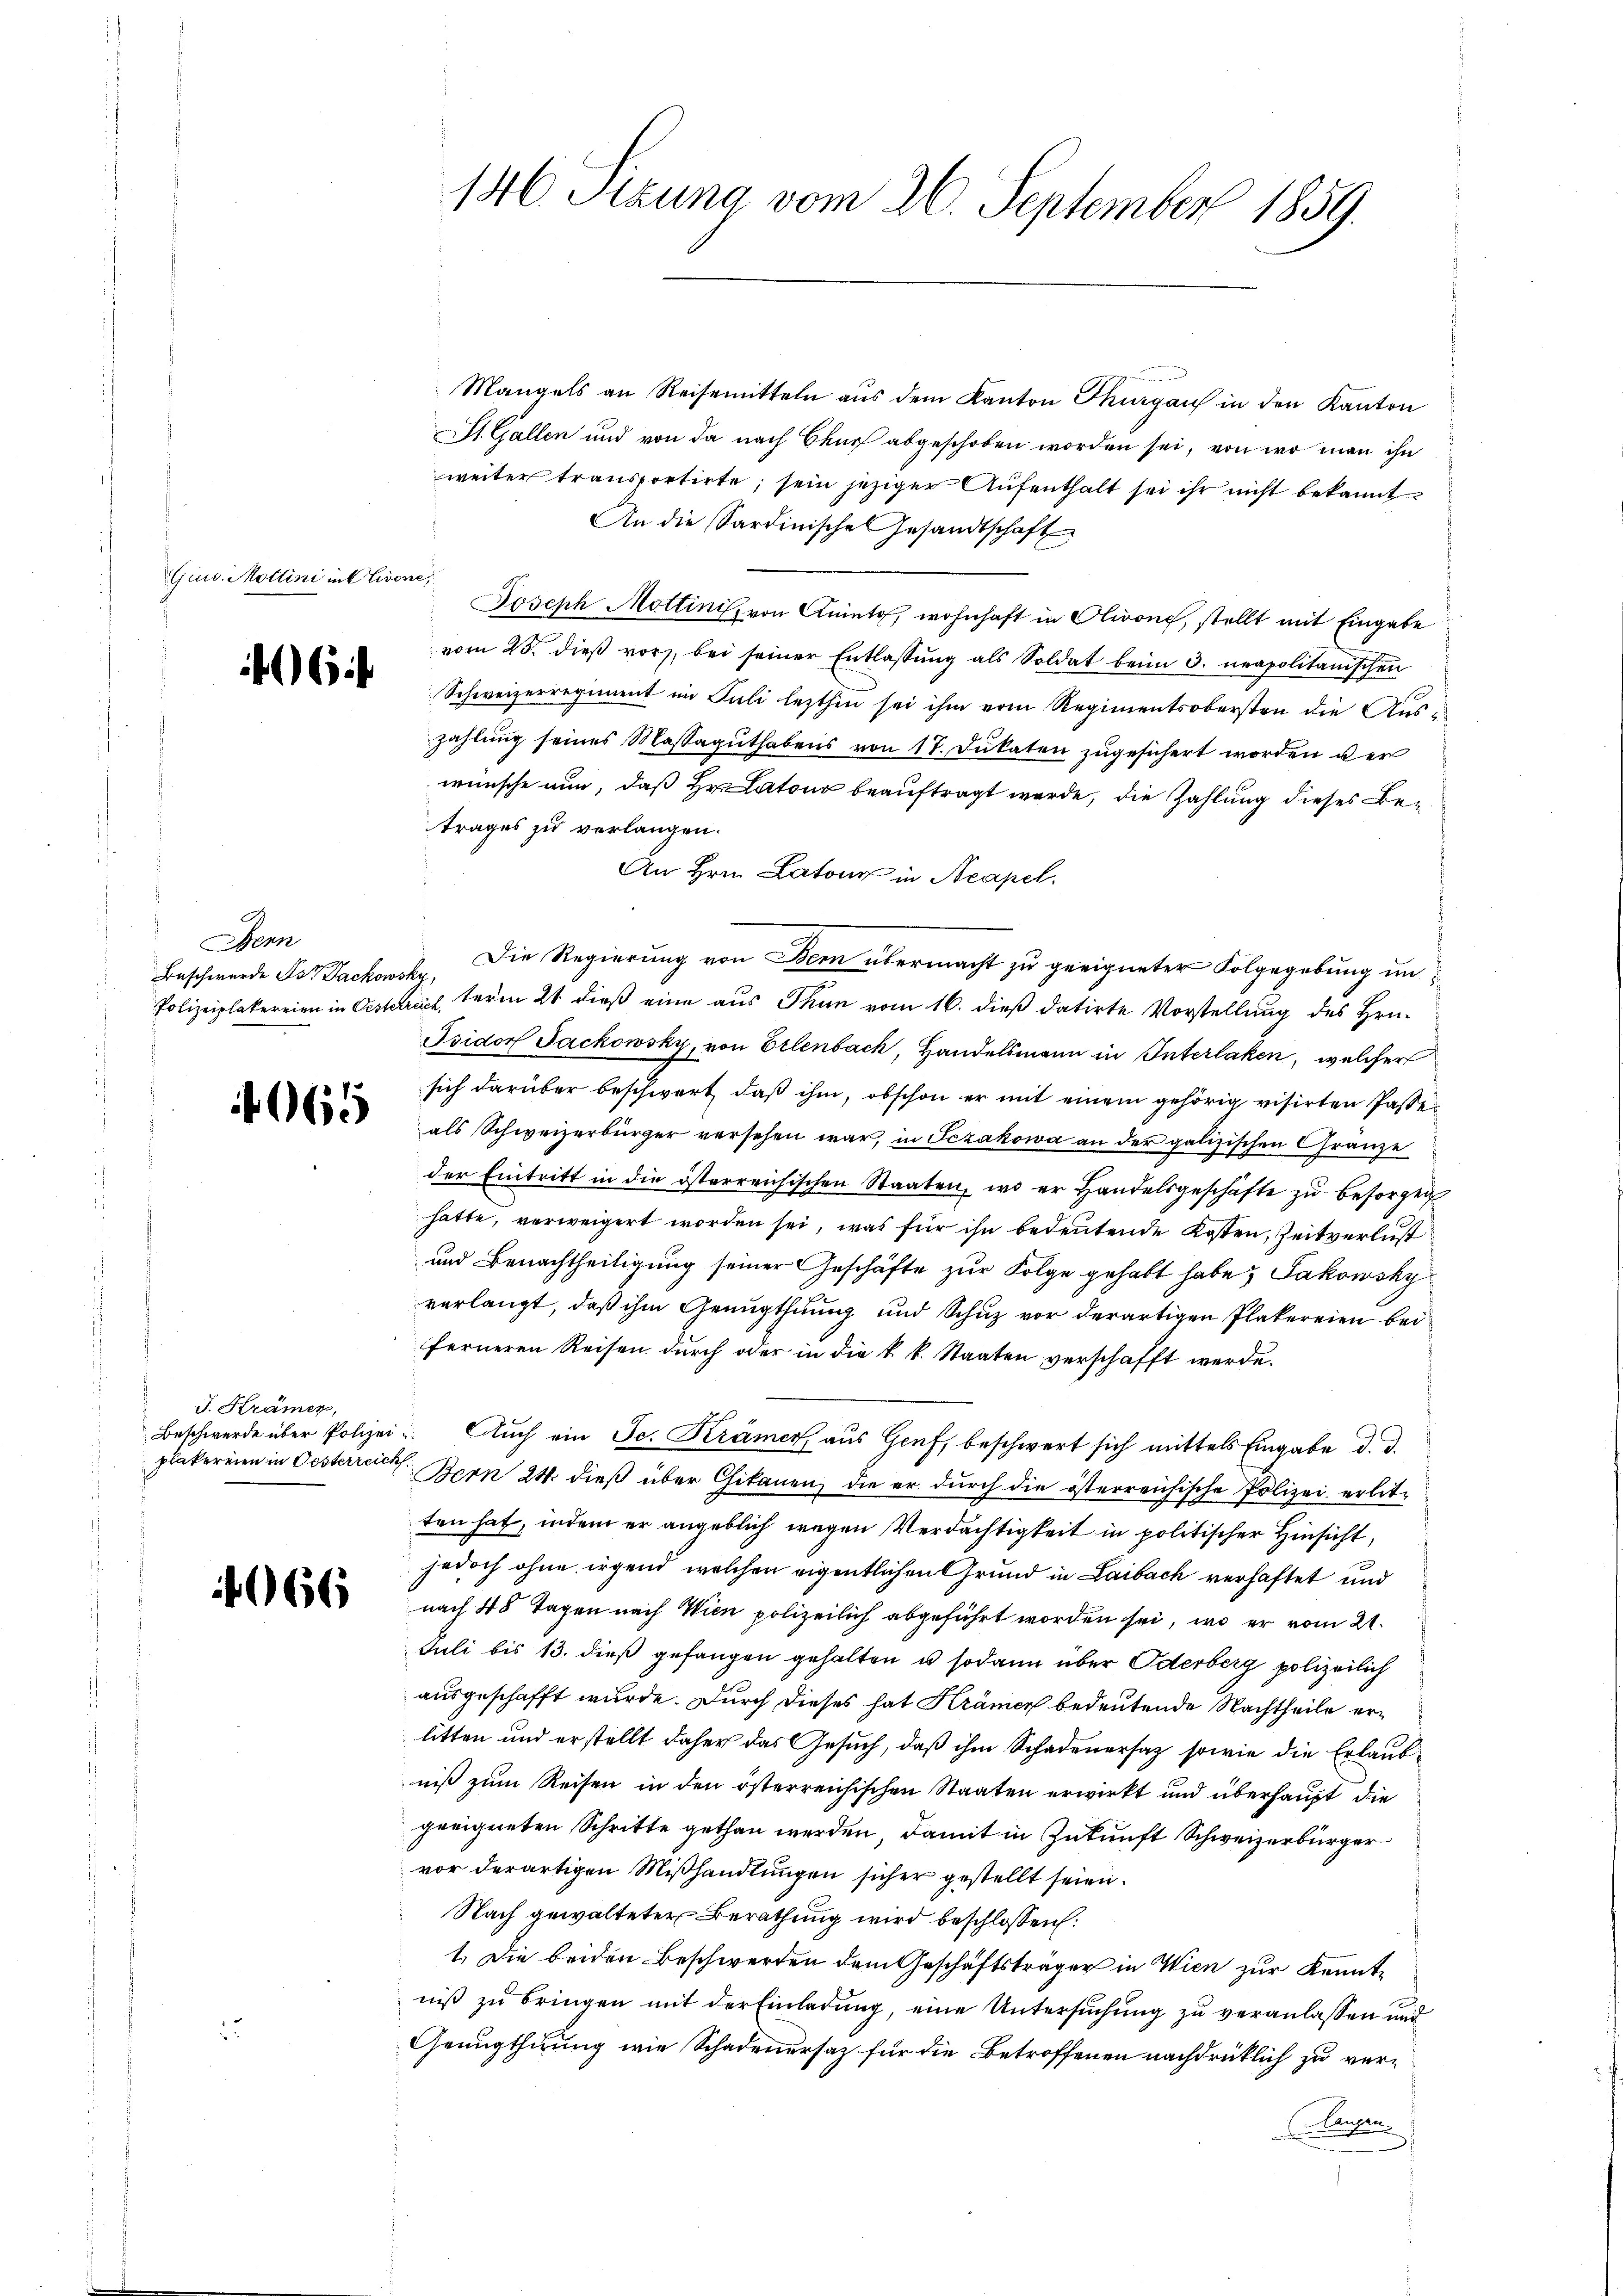
Gine. Mollini in Clivone

6f

Bern
Beschwerde der Dackowsky,

4065

J. Krämer,
plakereien in Oesterreich

066

146. Sitzung vom 26. September 1859.

Mangels an Reisemitteln aus dem Kanton Thurgau in den Kanton
St. Gallen und von da nach Chur abgeschoben worden sei, von wo man ihn
weiter transportirte, sein jeziger Aŭfenthalt sei ihr nicht bekannt
An die Sardinische Gesandtschaft
Joseph Mottinis von Aninto, wohnhaft in Olivone, stellt mit Eingabe
vom 25. dieβ vor, bei seiner Entlassŭng als Soldat beim 3. neapolitanischen
Schweizerregiment im Juli lezthin sei ihm vom Regimentsobersten die Auszahlung seines Massaguthabens von 17. Dukaten zugesichert worden der
wünsche nun, daß Hr. Latour beauftragt werde, die Zahlung dieses Betrages zu verlangen.
An Hrn. Latons in Neapel.
Die Regierung von Bern übermacht zu geeigneter Folgegebung un¬
Polizeiplakereien in Oestreich, term 21. dieß eine aus Thun vom 16. dieß datirte Vorstellung des Hrn.
Isidor Jackowsky, von Erlenbach, Handelsmann in Interlaken, welcher
sich darüber beschwert, daß ihm, obschon er mit einem gehörig visirten Pässe
als Schweizerbürger versehen war, in Fezakowa an der galizischen Gränze
der Eintritt in die österreichischen Staaten, wo er handelsgeschäfte zŭ besorgen
hatte, verweigert worden sei, was für ihn bedeutende Kosten, Zeitverlust
und Benachtheiligung seiner Geschäfte zur Folge gehabt habe, Jakowsky
verlangt, daß ihm Genugthuung und Schuz vor derartigen Plakereien bei
ferneren Reisen durch oder in die k. k. Staaten verschafft werde.
Beschwerde über Polizei- Auch ein Se. Krämer, aus Genf, beschwert sich mittels Eingabe d. d.
Bern 24. dieß über Chikanen, die er durch die österreichische Polizei erlitten hat, indem er angeblich wegen Verdächtigkeit in politischer Hinsicht,
jedoch ohne irgend welchen eigentlichen Grund in Laibach verhaftet und
nach 48 Tagen nach Wien polizeilich abgeführt worden sei, wo er vom 21.
Juli bis 13. dieß gefangen gehalten u sodann über Oderberg polizeilich
ausgeschafft wurde. Durch dieses hat Krämer bedeutende Nachtheile erlitten und erstellt daher das Gesuch, daß ihm Schadenersatz sowie die Erlaubniß zum Reisen in den österreichischen Staaten erwirkt und überhaupt die
geeigneten Schritte gethan werden, damit in Zukunft Schweizerbürger
vor derartigen Mißhandlungen sicher gestellt seien.
Nach gewalteter Berathung wird beschlossen:
1. Die beiden Beschwerden dem Geschäftsträger in Wien zur Kenntniβ zŭ bringen mit der Einladung, eine Untersuchung zu veranlassen und
Genugthuung wie Schadenersaz für die Betroffenen nachdrücklich zu ver¬
Ausre